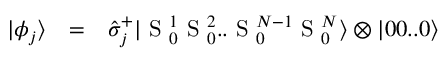
\begin{array} { c c l } { | \phi _ { j } \rangle } & { = } & { \hat { \sigma } _ { j } ^ { + } | \mathrm { ~ S ~ } _ { 0 } ^ { 1 } \mathrm { ~ S ~ } _ { 0 } ^ { 2 } . . \mathrm { ~ S ~ } _ { 0 } ^ { N - 1 } \mathrm { ~ S ~ } _ { 0 } ^ { N } \rangle \otimes | 0 0 . . 0 \rangle } \end{array}